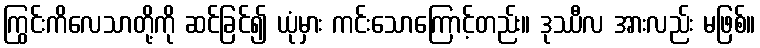
ကြွင်းကိလေသာတို့ကို ဆင်ခြင်၍ ယုံမှား ကင်းသောကြောင့်တည်း။ ဒုဿီလ အားလည်း မဖြစ်။